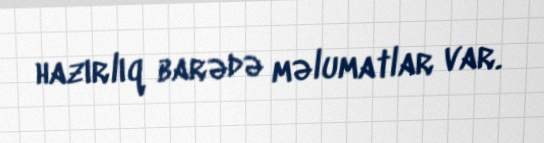
hazırlıq barədə məlumatlar var.